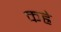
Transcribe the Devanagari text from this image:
कह्रे